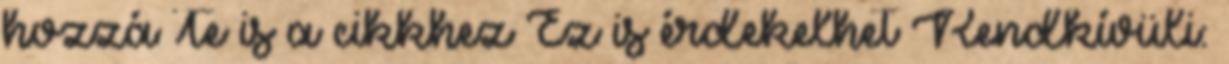
hozzá Te is a cikkhez Ez is érdekelhet Rendkívüli: